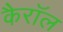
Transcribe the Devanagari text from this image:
कैरॉल